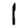
Digit: 1